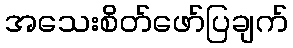
အသေးစိတ်ဖော်ပြချက်